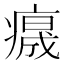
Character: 𤺁